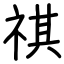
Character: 祺